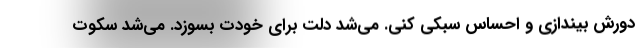
دورش بیندازی و احساس سبُکی کنی. می‌شد دلت برای خودت بسوزد. می‌شد سکوت